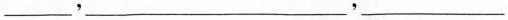
___，___，___